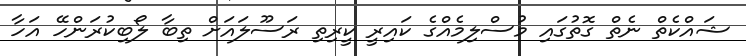
ޝައްކެތް ނެތް ގޮތުގައި މުސްލިމެއްގެ ކައިރީ ކީރިތި ރަސޫލައަށް ތިބާ ލޯބިކުރަންހޭ އަހާ